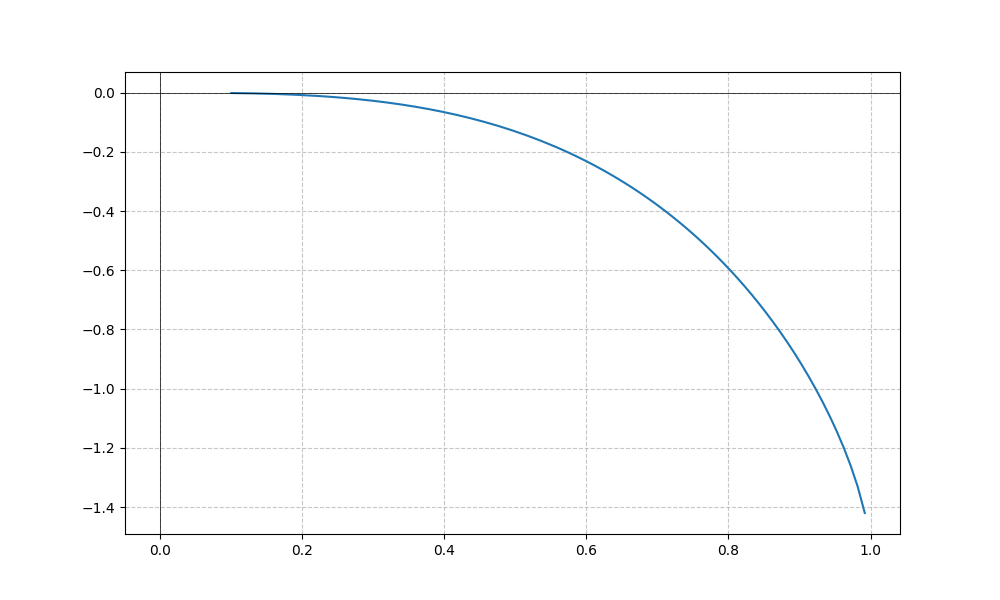
LaTeX formula: - x^{2} \operatorname{asin}{\left(x \right)}